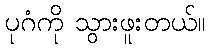
ပုဂံကို သွားဖူးတယ်။